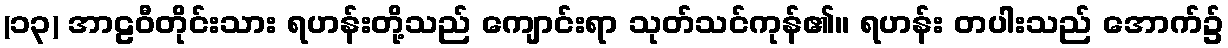
(၁၃) အာဠဝီတိုင်းသား ရဟန်းတို့သည် ကျောင်းရာ သုတ်သင်ကုန်၏။ ရဟန်း တပါးသည် အောက်၌